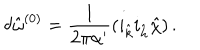
LaTeX: \delta { \hat { \omega } } ^ { ( 0 ) } = \frac { 1 } { 2 \pi \alpha ^ { \prime } } ( i _ { \hat { k } } i _ { \hat { h } } { \hat { \chi } } ) \, .